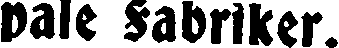
pale fabriker.